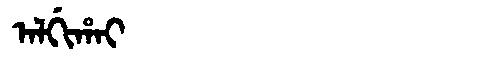
Manchu: ᠠᠯᡤᡳᡥᠠᡳ
Romanization: ALGIHAI